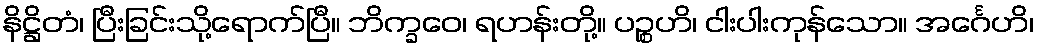
နိဋ္ဌိတံ၊ ပြီးခြင်းသို့ရောက်ပြီ။ ဘိက္ခဝေ၊ ရဟန်းတို့။ ပဉ္စဟိ၊ ငါးပါးကုန်သော။ အင်္ဂေဟိ၊